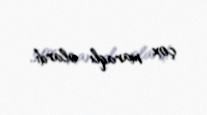
çox maraqlı olardı..